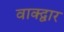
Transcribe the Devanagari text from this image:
वाक्द्वार